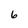
Character: 6